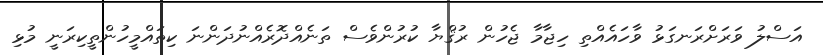
އަސްލު ވަރަށްރަނގަޅު ވާހަައެއްތި ހިޖާމާ ޖެހުން ރުޤްޔާ ކުރުންވެސް ތަނެއްދޮރެއްނުދަންނަ ކިތައްމީހުންތީކިރަނީ މުޅި